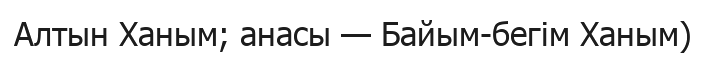
Алтын Ханым; анасы — Байым-бегім Ханым)